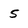
Character: 5